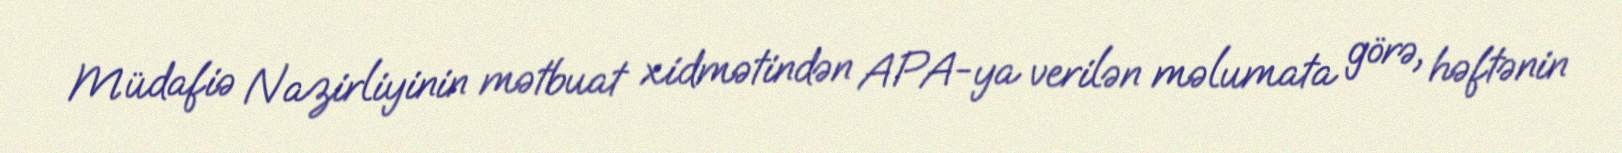
Müdafiə Nazirliyinin mətbuat xidmətindən APA-ya verilən məlumata görə, həftənin